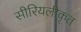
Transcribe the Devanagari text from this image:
सीरियलीकृत